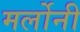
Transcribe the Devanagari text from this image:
मर्लोनी